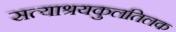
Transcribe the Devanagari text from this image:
सत्याश्रयकुलतिलक